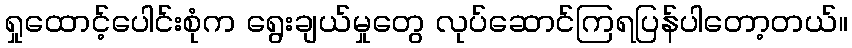
ရှုထောင့်ပေါင်းစုံက ရွေးချယ်မှုတွေ လုပ်ဆောင်ကြရပြန်ပါတော့တယ်။